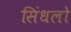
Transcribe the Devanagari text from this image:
सिंधलो